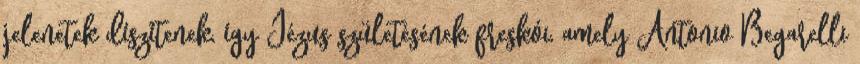
jelenetek díszítenek, így Jézus születésének freskói, amely Antonio Begarelli